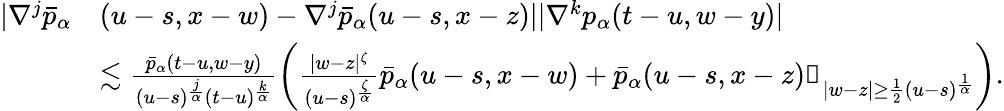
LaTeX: \begin{array}{rl}{|\nabla^{j}\bar{p}_{\alpha}}&{(u-s,x-w)-\nabla^{j}\bar{p}_{\alpha}(u-s,x-z)||\nabla^{k}p_{\alpha}(t-u,w-y)|}\\ &{\lesssim\frac{\bar{p}_{\alpha}(t-u,w-y)}{(u-s)^{\frac{j}{\alpha}}(t-u)^{\frac{k}{\alpha}}}\left(\frac{|w-z|^{\zeta}}{(u-s)^{\frac{\zeta}{\alpha}}}\bar{p}_{\alpha}(u-s,x-w)+\bar{p}_{\alpha}(u-s,x-z)\mathbb{1}_{|w-z|\geq\frac{1}{2}(u-s)^{\frac{1}{\alpha}}}\right).}\end{array}